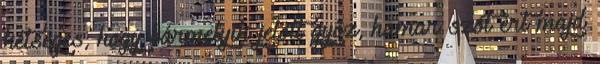
kétséges, hogy bármelyik jelölt győz, hamar szót ért majd